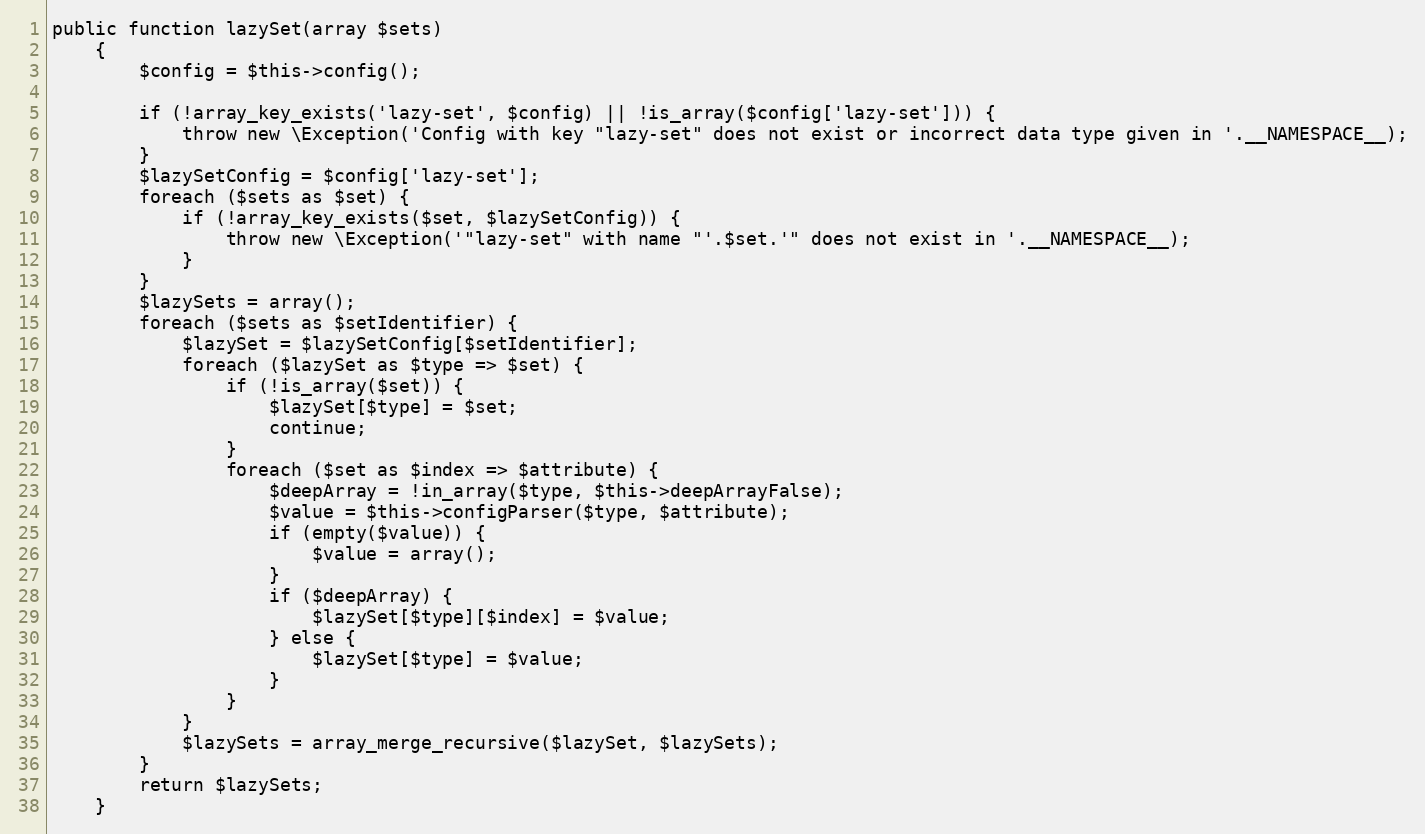
Language: PHP
public function lazySet(array $sets)
    {
        $config = $this->config();

        if (!array_key_exists('lazy-set', $config) || !is_array($config['lazy-set'])) {
            throw new \Exception('Config with key "lazy-set" does not exist or incorrect data type given in '.__NAMESPACE__);
        }
        $lazySetConfig = $config['lazy-set'];
        foreach ($sets as $set) {
            if (!array_key_exists($set, $lazySetConfig)) {
                throw new \Exception('"lazy-set" with name "'.$set.'" does not exist in '.__NAMESPACE__);
            }
        }
        $lazySets = array();
        foreach ($sets as $setIdentifier) {
            $lazySet = $lazySetConfig[$setIdentifier];
            foreach ($lazySet as $type => $set) {
                if (!is_array($set)) {
                    $lazySet[$type] = $set;
                    continue;
                }
                foreach ($set as $index => $attribute) {
                    $deepArray = !in_array($type, $this->deepArrayFalse);
                    $value = $this->configParser($type, $attribute);
                    if (empty($value)) {
                        $value = array();
                    }
                    if ($deepArray) {
                        $lazySet[$type][$index] = $value;
                    } else {
                        $lazySet[$type] = $value;
                    }
                }
            }
            $lazySets = array_merge_recursive($lazySet, $lazySets);
        }
        return $lazySets;
    }